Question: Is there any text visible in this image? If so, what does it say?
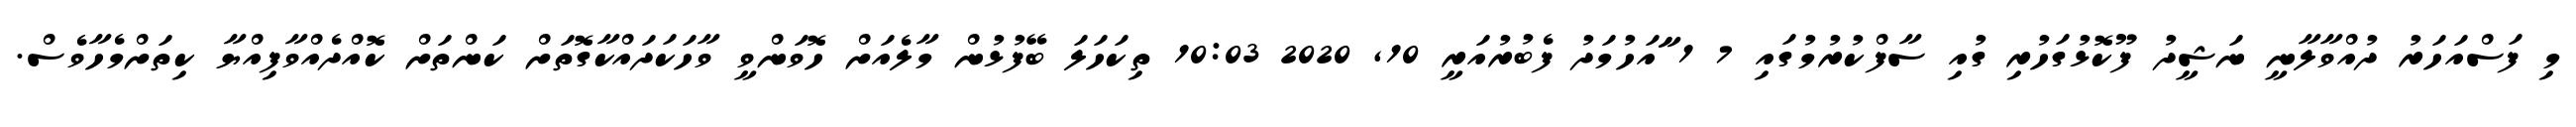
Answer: މި ފަސްއަހަރު ދުއްވާލާނީ ނަޝީދު ފޫކޮޅުގަހުރި ގުއި ސާފްކުރުމުގައި 7 1 ާައަހުމަދު ފެބުރުއަރީ 10, 2020 10:03 ތިކަހަލަ ބޭފުޅުން މާލެއަށް ހޮވަންވީ ވާހަކަދައްކާގޮތަށް ކަންތަށް ކޮއްދެއްވާފިއްޔާ ކިތަށްމެހާވެސް.